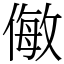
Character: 𠍁